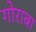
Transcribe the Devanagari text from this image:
गोराबा